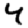
Digit: 4